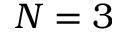
N = 3